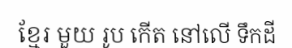
ខ្មែរ មួយ រូប កើត នៅលើ ទឹកដី